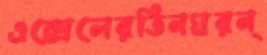
এক্সেলেরতিনঘরন্